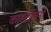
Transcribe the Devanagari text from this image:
कास्टेलिनो